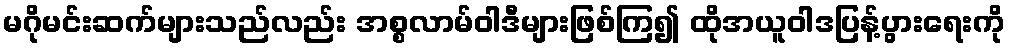
မဂိုမင်းဆက်များသည်လည်း အစ္စလာမ်ဝါဒီများဖြစ်ကြ၍ ထိုအယူဝါဒပြန့်ပွားရေးကို